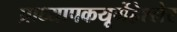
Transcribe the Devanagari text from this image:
प्राध्यापकयूर्गेंहेश्लेर